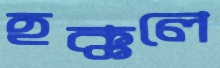
হক্কলে